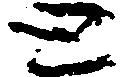
と